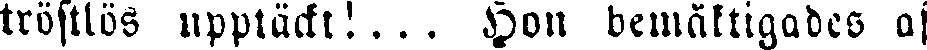
tröstlös upptäckt!... Hon bemåktigades af